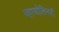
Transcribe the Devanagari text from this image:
व्हायोलिनही